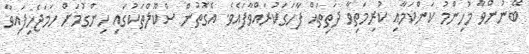
ބޭނުންވާ މުހިންމު ކަންކަމާއި ކުރިމަތިވާ ދަތިތައް ފާހަގަކުރައްވާފައެވެ. އެގޮތުން ސްކޫލްތަކުގައި ހިންގުމަށް ހަމަޖެހިފައިވާ